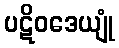
ပဋိဝဒေယျုံ